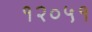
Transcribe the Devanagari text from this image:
१२०५१